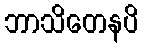
ဘာသိတေနပိ